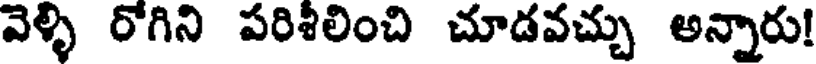
వెళ్ళి రోగిని పరిశిలించి చూడవచ్చు అన్నారు!